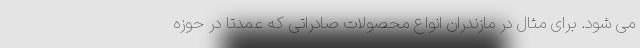
می شود. برای مثال در مازندران انواع محصولات صادراتی که عمدتاً در حوزه